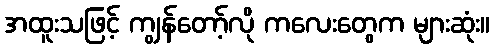
အထူးသဖြင့် ကျွန်တော့်လို ကလေးတွေက များဆုံး။